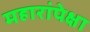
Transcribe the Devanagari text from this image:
महारांपेक्षा